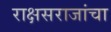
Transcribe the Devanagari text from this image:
राक्षसराजांचा